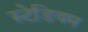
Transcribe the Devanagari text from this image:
स्‍टेडियम